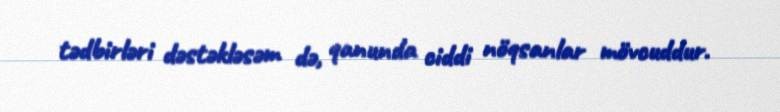
tədbirləri dəstəkləsəm də, qanunda ciddi nöqsanlar mövcuddur.